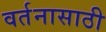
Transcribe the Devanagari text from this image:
वर्तनासाठी